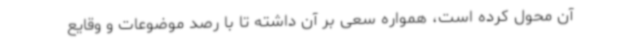
آن محول کرده است، همواره سعی بر آن داشته تا با رصد موضوعات و وقایع